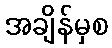
အချိန်မှစ